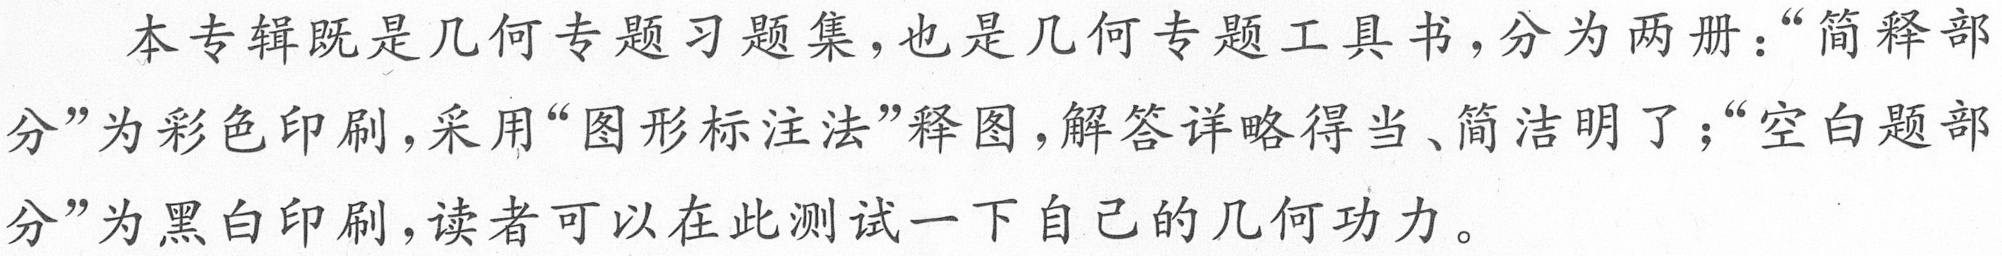
本专辑既是几何专题习题集,也是几何专题工具书,分为两册：“简释部
分”为彩色印刷,采用“图形标注法”释图,解答详略得当、简洁明了；“空白题部
分”为黑白印刷,读者可以在此测试一下自己的几何功力。